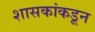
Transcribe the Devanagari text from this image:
शासकांकडून